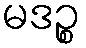
မဒဉ္စ